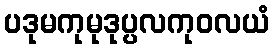
ပဒုမကုမုဒုပ္ပလကုဝလယံ